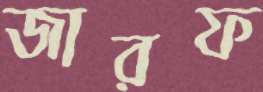
জারফ